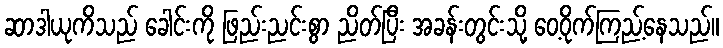
ဆာဒါယုကိသည် ခေါင်းကို ဖြည်းညင်းစွာ ညိတ်ပြီး အခန်းတွင်းသို့ ဝေ့ဝိုက်ကြည့်နေသည်။